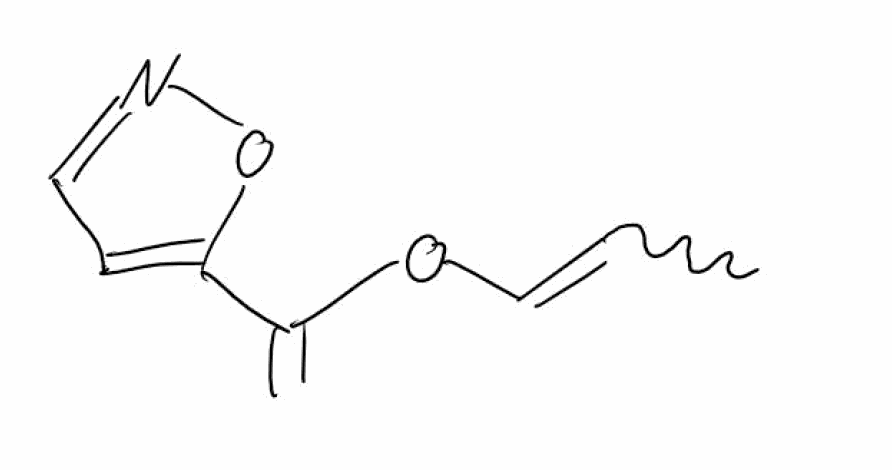
Simplified molecular-input line-entry system (SMILES) notation of the given molecule:
CC=COC(=C)C1=CC=NO1